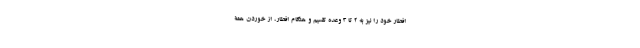
افطار خود را نیز به ۲ تا ۳ وعده تقسیم و هنگام افطار، از خوردن همة